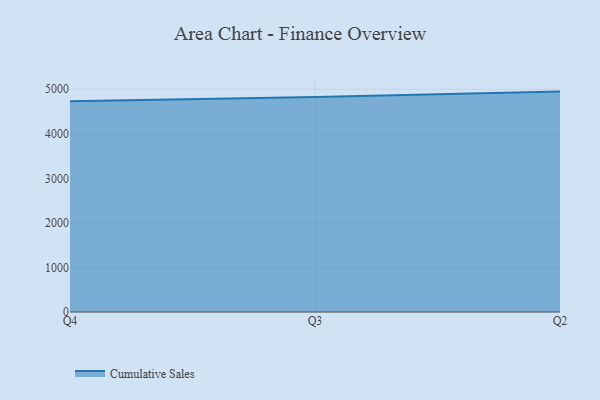
{"axis": {"x": "Quarter", "y": "Demand Index"}, "legend": ["Cumulative Sales"], "data": [{"x": "Q4", "y": 4732.3, "type": "Cumulative Sales"}, {"x": "Q3", "y": 4825.8, "type": "Cumulative Sales"}, {"x": "Q2", "y": 4948.2, "type": "Cumulative Sales"}]}